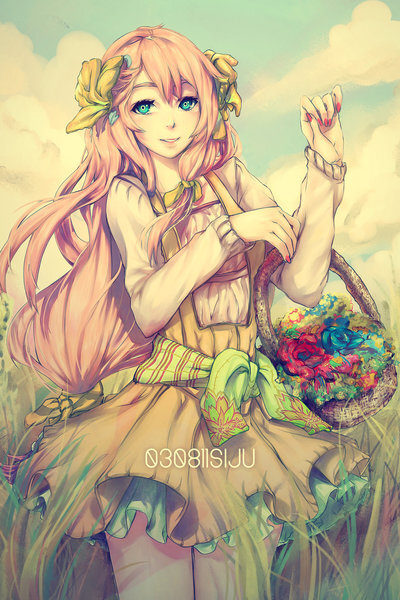
香非在蕊，香非在萼，骨中香彻。